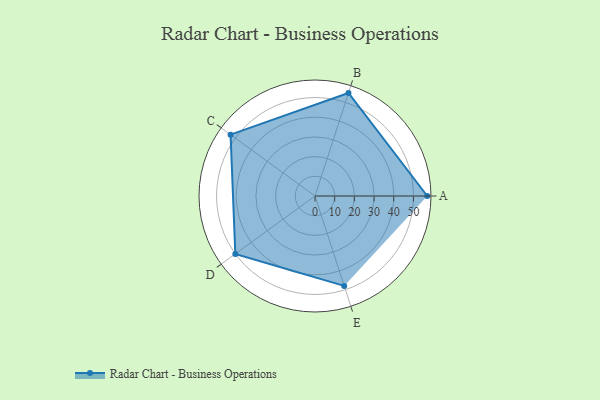
{"axis": {"x": "Skill", "y": "Score"}, "legend": ["Profile"], "data": [{"x": "A", "y": 57.0, "type": "Profile"}, {"x": "B", "y": 55.0, "type": "Profile"}, {"x": "C", "y": 53.0, "type": "Profile"}, {"x": "D", "y": 50.0, "type": "Profile"}, {"x": "E", "y": 48.0, "type": "Profile"}]}